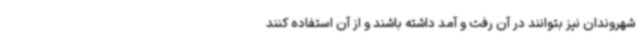
شهروندان نیز بتوانند در آن رفت و آمد داشته باشند و از آن استفاده کنند